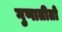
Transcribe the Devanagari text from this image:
गुणातीतो